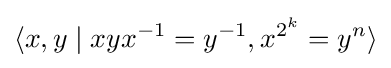
\langle x,y\mid xyx^{-1}=y^{-1},x^{2^{k}}=y^{n}\rangle